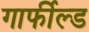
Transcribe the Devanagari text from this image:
गार्फील्ड